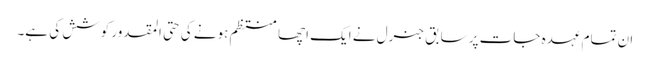
ان تمام عہدہ جات پر سابق جنرل نے ایک اچھا منتظم ہونے کی حتی المقدور کوشش کی ہے۔